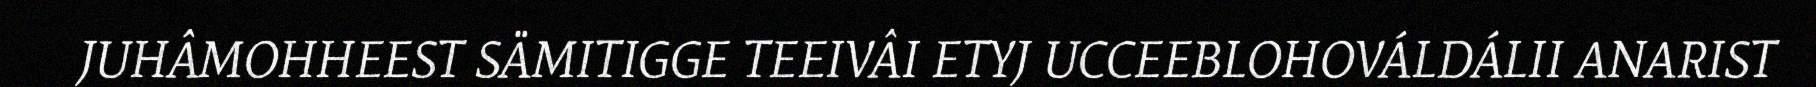
JUHÂMOHHEEST SÄMITIGGE TEEIVÂI ETYJ UCCEEBLOHOVÁLDÁLII ANARIST